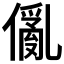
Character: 𠏢